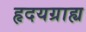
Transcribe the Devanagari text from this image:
हृदयग्राह्य